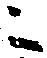
ニ